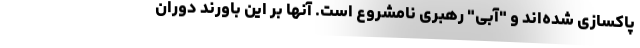
پاکسازی شده‌اند و "آبی" رهبری نامشروع است. آنها بر این باورند دوران